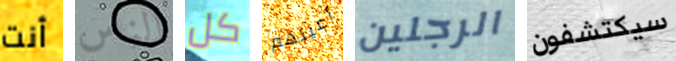
أنت الناس كل أعينهم الرجلين سيكتشفون